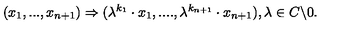
( x _ { 1 } , . . . , x _ { n + 1 } ) \Rightarrow ( \lambda ^ { k _ { 1 } } \cdot x _ { 1 } , . . . . , \lambda ^ { k _ { n + 1 } } \cdot x _ { n + 1 } ) , \lambda \in C \backslash { 0 } .